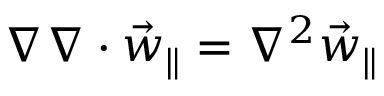
\nabla \nabla \cdot \vec { w } _ { \parallel } = \nabla ^ { 2 } \vec { w } _ { \parallel }